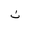
Letter: _non